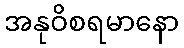
အနုဝိစရမာနော